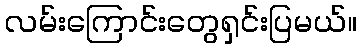
လမ်းကြောင်းတွေရှင်းပြမယ်။